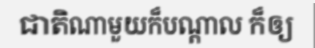
ជាតិណាមួយក៏បណ្តាល ក៏ឲ្យ